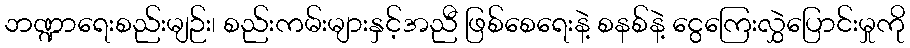
ဘဏ္ဍာရေးစည်းမျဉ်း၊ စည်းကမ်းများနှင့်အညီ ဖြစ်စေရေးနဲ့ စနစ်နဲ့ ငွေကြေးလွှဲပြောင်းမှုကို